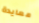
معايدة